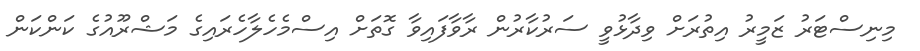
މިނިސްޓަރު ޒަމީރު އިތުރަށް ވިދާޅުވީ ސަރުކާރުން ރާވާފައިވާ ގޮތަށް އިސްމެހެލާހެރައިގެ މަޝްރޫއުގެ ކަންކަން